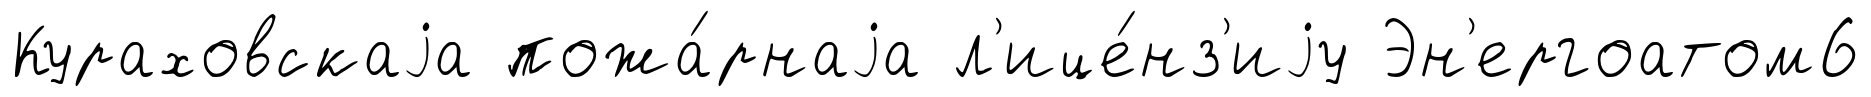
Кураховскаjа пожа́рнаjа л'ице́нз'иjу Эн'ергоатом6